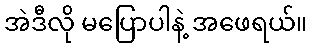
အဲဒီလို မပြောပါနဲ့ အဖေရယ်။